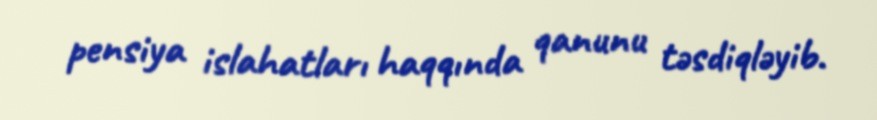
pensiya islahatları haqqında qanunu təsdiqləyib.